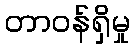
တာဝန်ရှိမှု